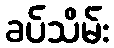
ခပ်သိမ်း